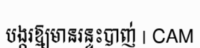
បង្ករឱ្យមានរន្ទះបាញ់ | CAM